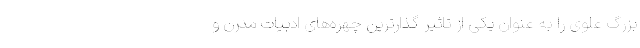
بزرگ علوی را به عنوان یکی از تاثیر گذارترین چهره‌های ادبیات مدرن و